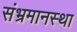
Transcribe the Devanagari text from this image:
संभ्रमानस्था